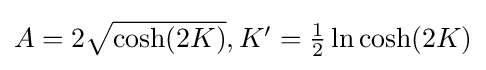
{\textstyle A=2{\sqrt {\cosh(2K)}},K'={\frac {1}{2}}\ln \cosh(2K)}